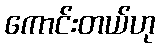
ကောင်းတယ်ဟု